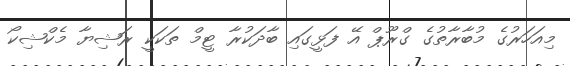
މިއަހަރުގެ މުބާރާތުގެ ގްރޫޕް އޭ ފަޅީގައި ބާދަކުރާ ޓީމް ތަކަކީ ރަޝިޔާ މެކްޝިކޯ